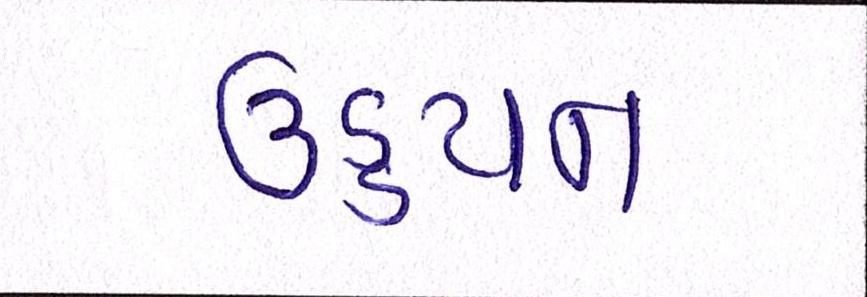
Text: ઉડ્ડયન